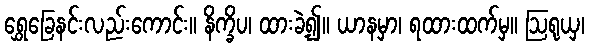
ရွှေခြေနင်းလည်းကောင်း။ နိက္ခိပ၊ ထားခဲ့၍။ ယာနမှာ၊ ရထားထက်မှ။ ဩရုယှ၊